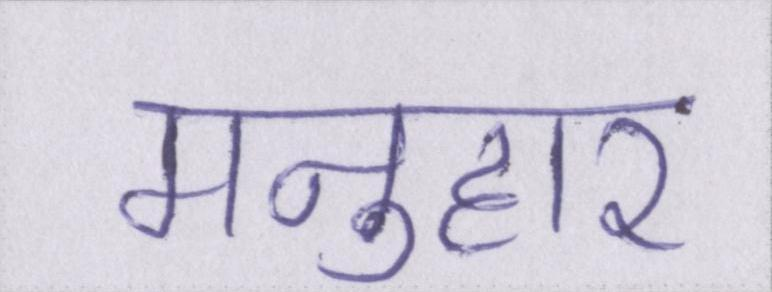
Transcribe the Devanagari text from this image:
मनुहार